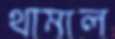
থামাল